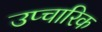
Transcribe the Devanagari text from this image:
उप्चारिक